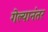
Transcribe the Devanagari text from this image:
गेल्‍यानंतर